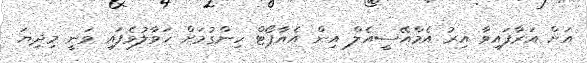
އަށް އަރާފައިވާ އިރު އެމްއޭސީއެލް އިން އެއާޕޯޓް ހިންގުމަށް ހަވާލުވެފައި ވަނީ މިދިޔަ